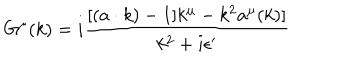
G ^ { \mu } ( k ) = i { \frac { [ ( a \cdot k ) - 1 ] k ^ { \mu } - k ^ { 2 } a ^ { \mu } ( k ) ] } { k ^ { 2 } + i \epsilon ^ { \prime } } }